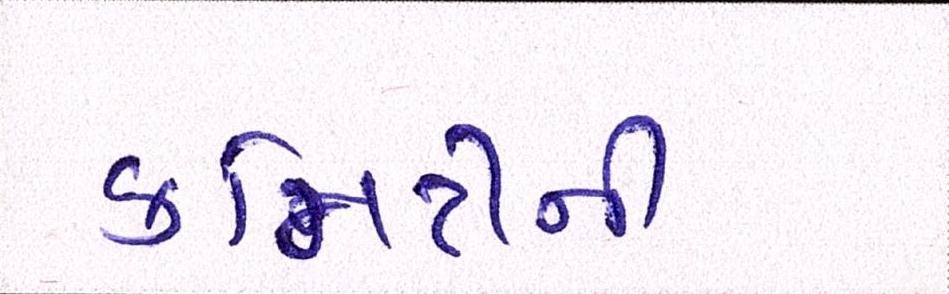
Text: કમિટીની